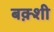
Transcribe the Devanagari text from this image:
बक़्शी